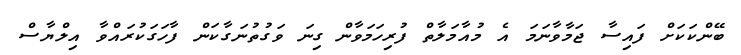
ބޭންކަކަށް ފައިސާ ޖަމާވާނަމަ އެ މުއާމަލާތް ފުރިހަމަވާން ގިނަ ވަގުތުނަގާކަން ފާހަގަކުރައްވާ އިލްޔާސް